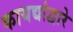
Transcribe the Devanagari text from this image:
कायद्यांद्वारे